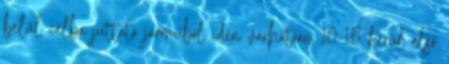
belül célba juttató járműből idén várhatóan 10-15 kerül első